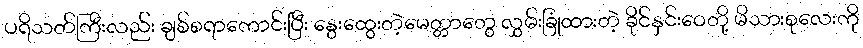
ပရိသတ်ကြီးလည်း ချစ်စရာကောင်းပြီး နွေးထွေးတဲ့မေတ္တာတွေ လွှမ်းခြုံထားတဲ့ ခိုင်နှင်းဝေတို့ မိသားစုလေးကို